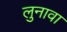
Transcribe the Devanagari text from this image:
लुनावा